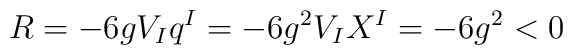
R=-6gV_{I}q^{I}=-6g^{2}V_{I}X^{I}=-6g^{2}<0